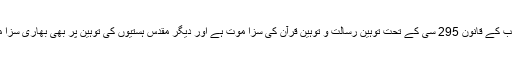
توہینِ مذہب کے قانون 295 سی کے تحت توہینِ رسالت و توہینِ قرآن کی سزا موت ہے اور دیگر مقدس ہستیوں کی توہین پر بھی بھاری سزا مقرر ہے۔